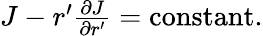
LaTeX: \begin{array}{r}{J-r^{\prime}\frac{\partial J}{\partial r^{\prime}}=\mathrm{constant}.}\end{array}